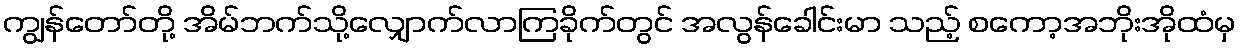
ကျွန်တော်တို့ အိမ်ဘက်သို့လျှောက်လာကြခိုက်တွင် အလွန်ခေါင်းမာ သည့် စကော့အဘိုးအိုထံမှ